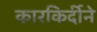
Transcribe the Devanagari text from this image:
कारकिर्दीने